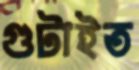
গুটাইত